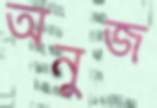
অনুজ